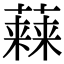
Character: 𧀃